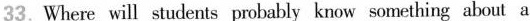
33.Where will students probably know something about a